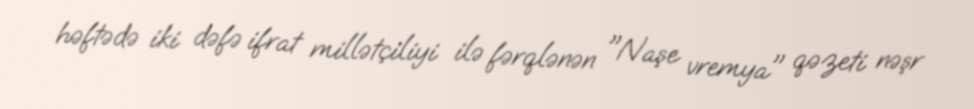
həftədə iki dəfə ifrat millətçiliyi ilə fərqlənən "Naşe vremya" qəzeti nəşr